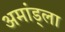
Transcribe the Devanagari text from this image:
अमांड्ला